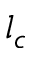
l _ { c }